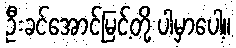
ဦးခင်အောင်မြင့်တို့ ပါမှာပေါ့။